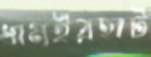
ধামইরহাট